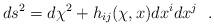
LaTeX: \begin{align*}ds^2=d\chi^2+h_{ij}(\chi , x)dx^idx^j~~.\end{align*}